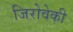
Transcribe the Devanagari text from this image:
जिरोवेकी